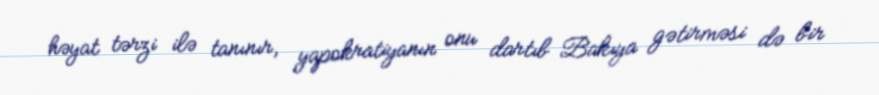
həyat tərzi ilə tanınır, yapokratiyanın onu dartıb Bakıya gətirməsi də bir